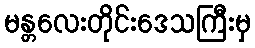
မန္တလေးတိုင်းဒေသကြီးမှ